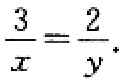
$\frac{3}{x}=\frac{2}{y}.$